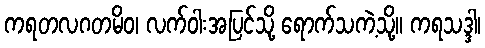
ကရတလဂတမိဝ၊ လက်ဝါးအပြင်သို့ ရောက်သကဲ့သို့။ ကရသဒ္ဒါ၊